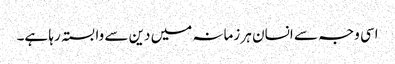
اسی وجہ سے انسان ہر زمانہ میں دین سے وابستہ رہا ہے۔